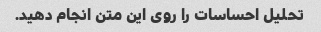
تحلیل احساسات را روی این متن انجام دهید.